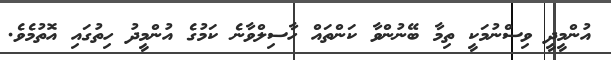
އުންމީދީ ވިސްނުމަކީ ތިމާ ބޭނުންވާ ކަންތައް ހާސިލްވާނެ ކަމުގެ އުންމީދު ހިތުގައި އޮތުމެވެ.